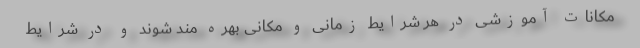
مکانات آموزشی در هر شرایط زمانی و مکانی بهره مند شوند و در شرایط